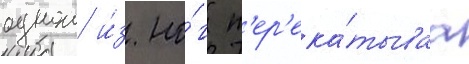
однои и́з но́г п'ер'ека́тываа